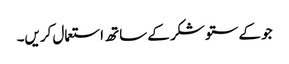
جو کے ستو شکر کے ساتھ استعمال کریں۔